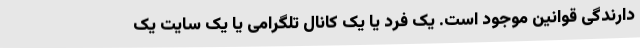
دارندگی قوانین موجود است. یک فرد یا یک کانال تلگرامی یا یک سایت یک